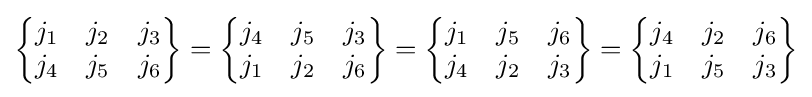
{\begin{Bmatrix}j_{1}&j_{2}&j_{3}\\j_{4}&j_{5}&j_{6}\end{Bmatrix}}={\begin{Bmatrix}j_{4}&j_{5}&j_{3}\\j_{1}&j_{2}&j_{6}\end{Bmatrix}}={\begin{Bmatrix}j_{1}&j_{5}&j_{6}\\j_{4}&j_{2}&j_{3}\end{Bmatrix}}={\begin{Bmatrix}j_{4}&j_{2}&j_{6}\\j_{1}&j_{5}&j_{3}\end{Bmatrix}}